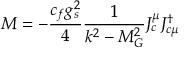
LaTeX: { \cal M } = - \frac { c _ { f } g _ { s } ^ { 2 } } { 4 } \frac { 1 } { k ^ { 2 } - M _ { G } ^ { 2 } } J _ { c } ^ { \mu } J _ { c \mu } ^ { \dagger }